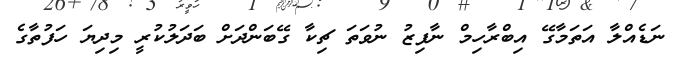
ނަޑެއްލާ އަތަމާގޭ އިބްރާހިމް ނާފިޒު ނުވަތަ ޗިކާ ގޭބަންދަށް ބަދަލުކުރީ މިދިޔަ ހަފުތާގެ